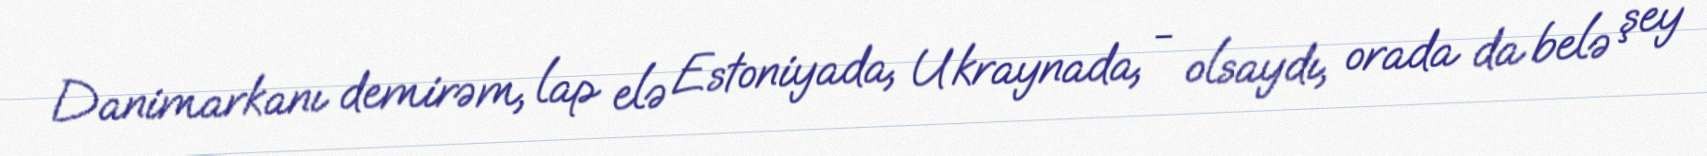
Danimarkanı demirəm, lap elə Estoniyada, Ukraynada, - olsaydı, orada da belə şey